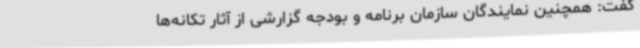
گفت: همچنین نمایندگان سازمان برنامه و بودجه گزارشی از آثار تکانه‌ها